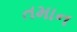
તમાન